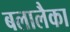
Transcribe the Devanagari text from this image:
बलालैका